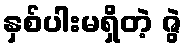
နှစ်ပါးမရှိတဲ့ ဇွဲ